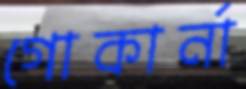
গোকার্না